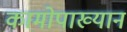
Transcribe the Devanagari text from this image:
कामोपाख्यान